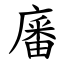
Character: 㢖